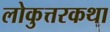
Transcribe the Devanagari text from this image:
लोकुत्तरकथा